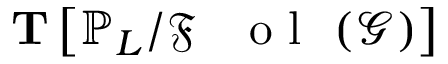
\mathbf { T } \left[ \mathbb { P } _ { L } / { \mathfrak { F } \mathrm { ~ \textbf ~ { ~ o ~ l ~ } ~ } } ( \mathcal { G } ) \right]